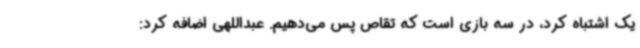
یک اشتباه کرد، در سه بازی است که تقاص پس می‌دهیم. عبداللهی اضافه کرد: